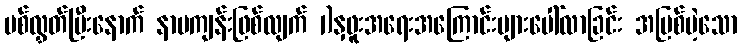
ပစ်လွှတ်ပြီးနောက် နာမကျန်းဖြစ်လျက် 1)နှဖူးအရေးအကြောင်းများပေါ်လာခြင်း အပြစ်မဲ့သော